NASA-UAP-D3, Gemini 7 Transcript, 1965
Agency: NASA
Incident date: 1965
Incident location: Moon
Page 2
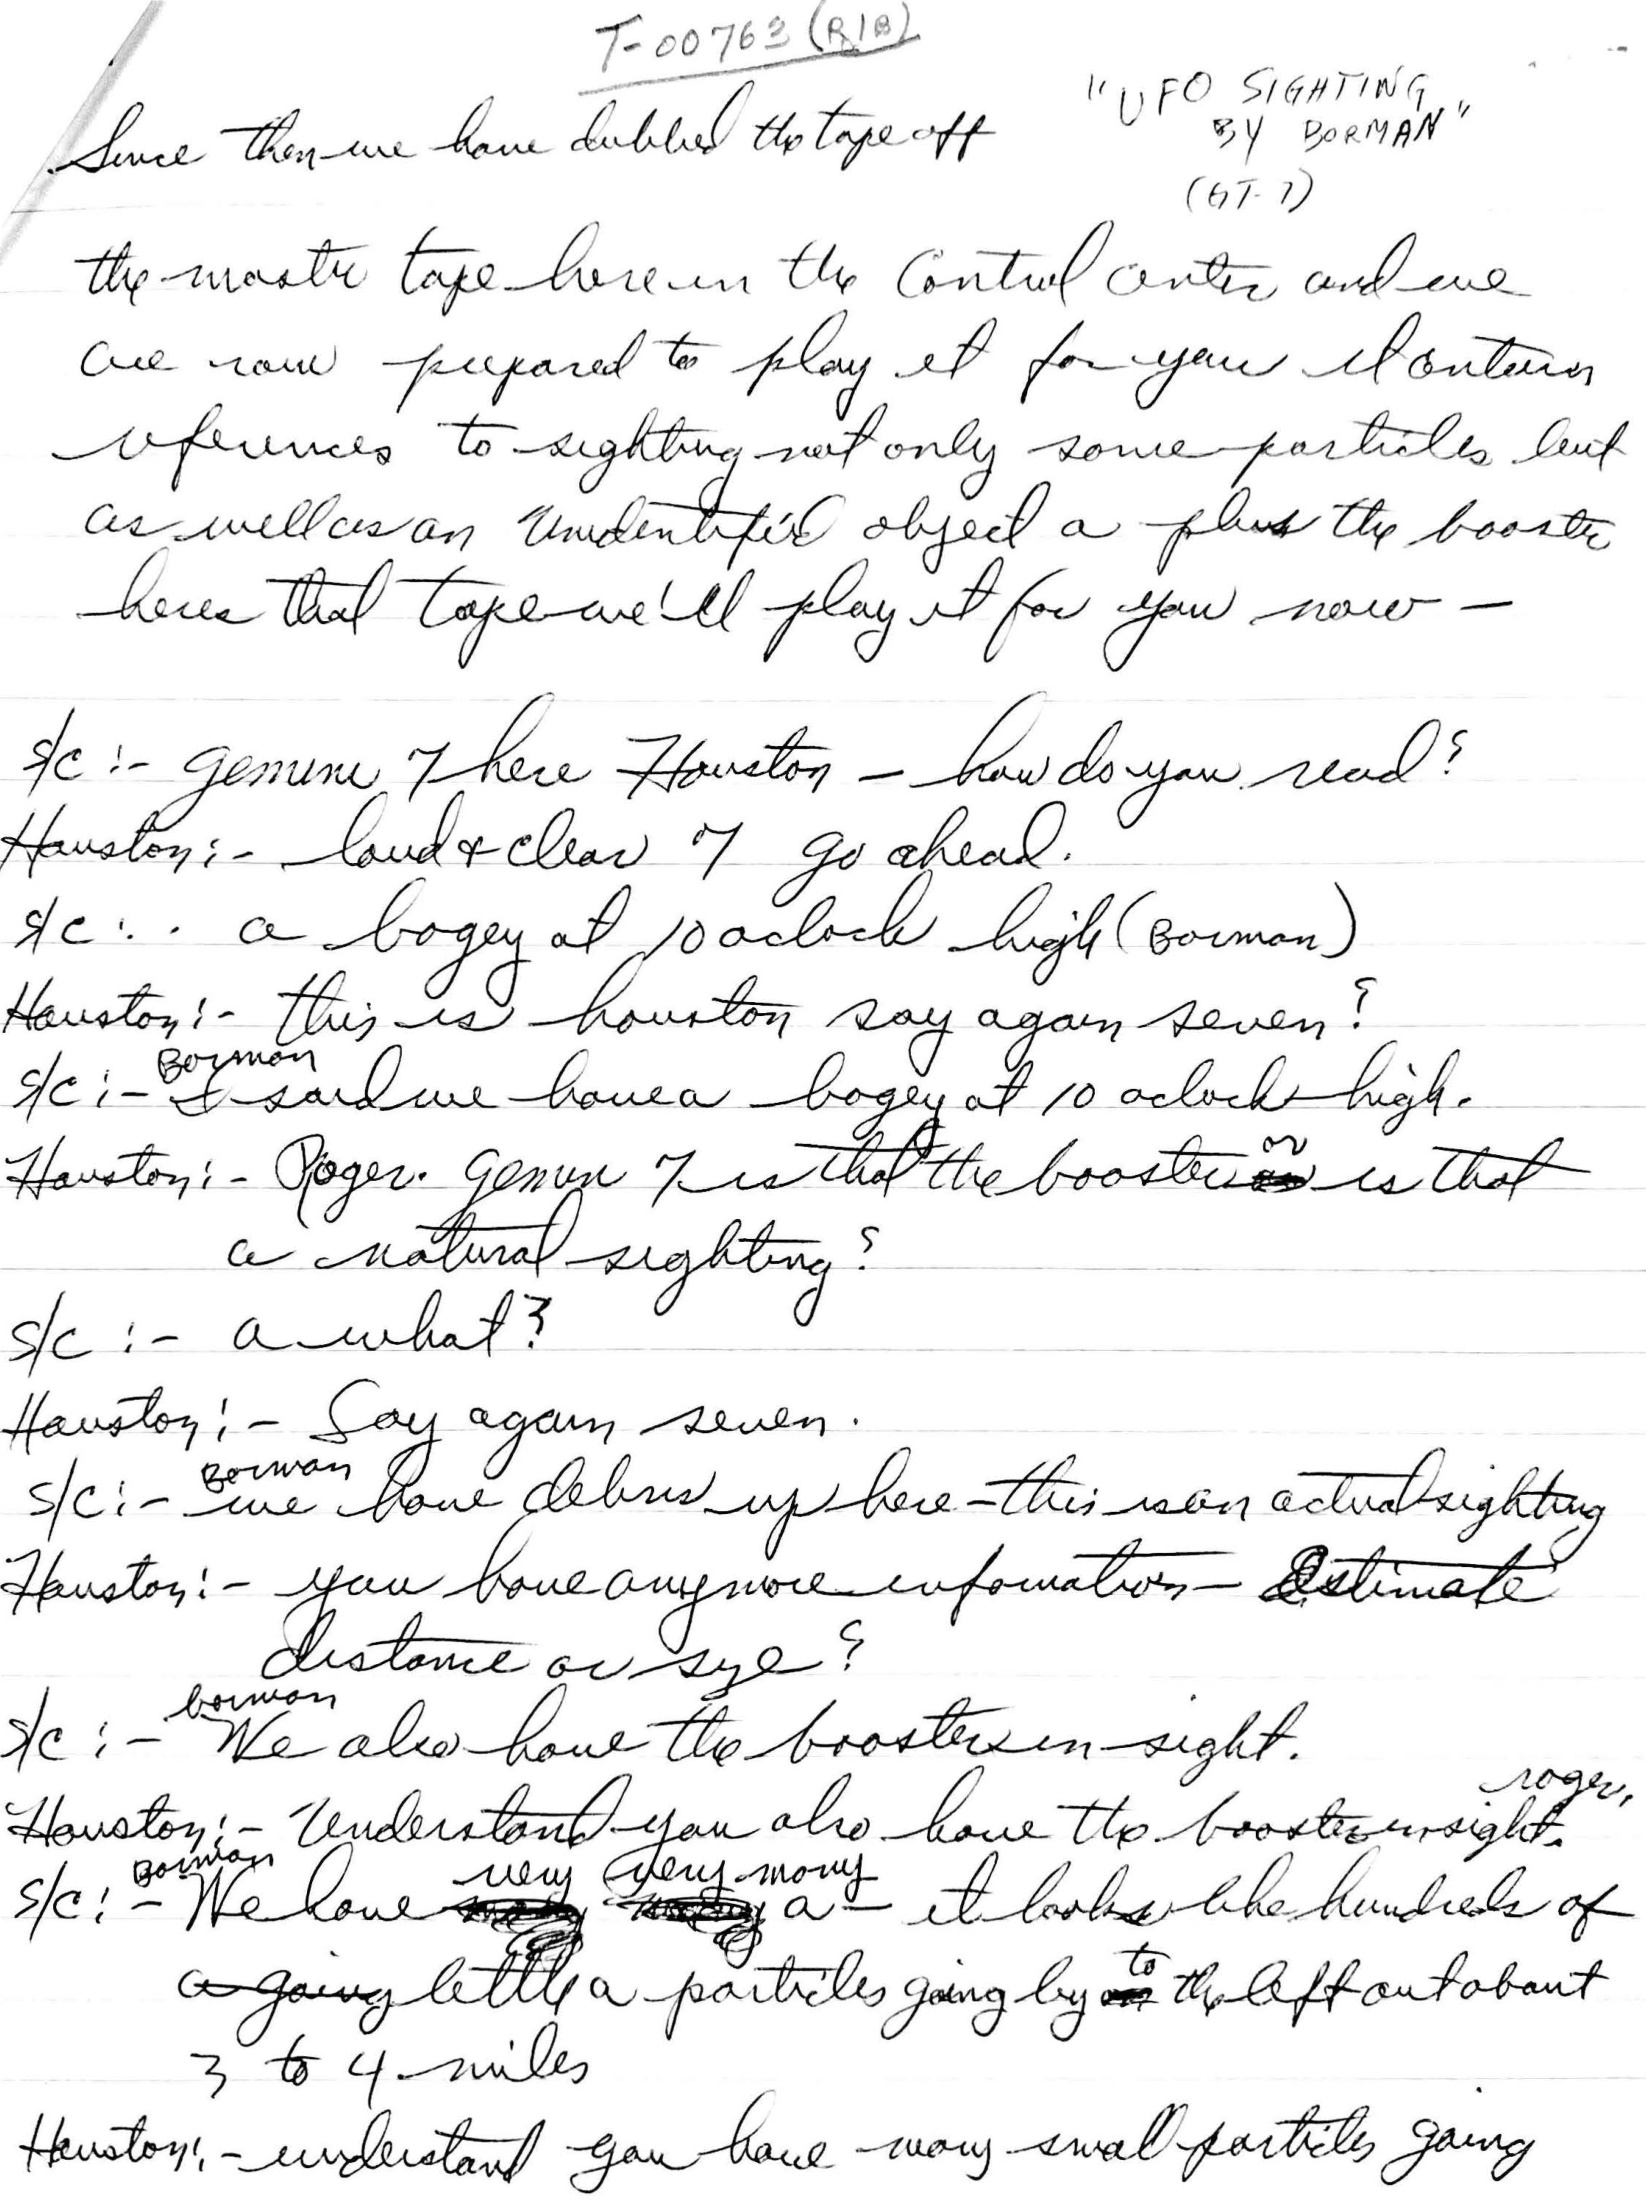